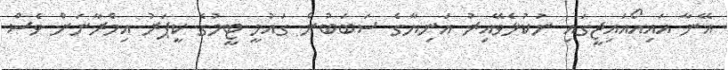
އޭނާ އައިއޯއައިޖީގައި ނުކުޅެވޭއިރު އަނިޔާގެ ސަބަބުން ގައުމީ ޓީމުގެ ކީޕަރު އިމްރާނަށް ވެސް